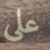
على